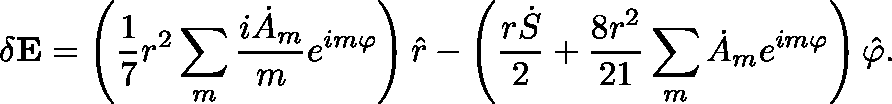
\mathbf { \delta E } = \left( \frac { 1 } { 7 } r ^ { 2 } \sum _ { m } \frac { i \dot { A } _ { m } } { m } e ^ { i m \varphi } \right) \hat { r } - \left( \frac { r \dot { S } } { 2 } + \frac { 8 r ^ { 2 } } { 2 1 } \sum _ { m } \dot { A } _ { m } e ^ { i m \varphi } \right) \hat { \varphi } .